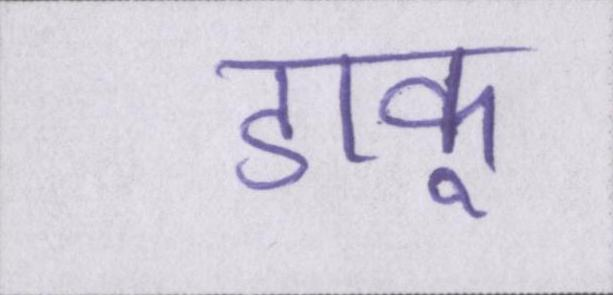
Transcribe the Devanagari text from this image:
डाकू